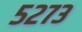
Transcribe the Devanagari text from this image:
५२७३